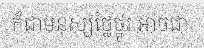
ក៏ជាមនុស្សថ្លៃថ្នូរ អាចជា